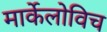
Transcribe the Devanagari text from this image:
मार्केलोविच